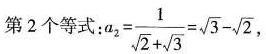
第2个等式 :a_{2}= \frac{1}{ \sqrt{2}+ \sqrt{3}}= \sqrt{3}- \sqrt{2} ，